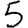
Digit: 5